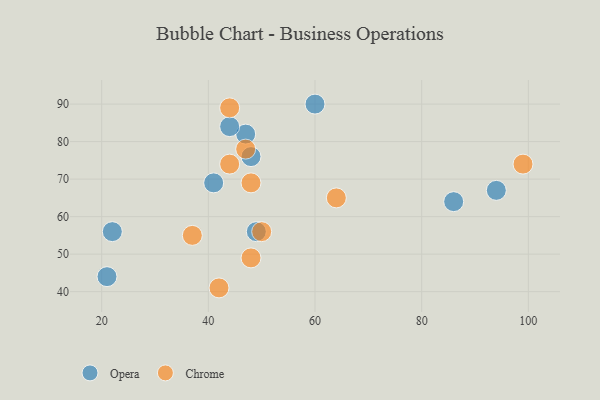
{"axis": {"x": "GDP", "y": "Life Expectancy"}, "legend": ["Chrome", "Opera"], "data": [{"x": "47", "y": 82, "type": "Opera"}, {"x": "41", "y": 69, "type": "Opera"}, {"x": "86", "y": 64, "type": "Opera"}, {"x": "22", "y": 56, "type": "Opera"}, {"x": "21", "y": 44, "type": "Opera"}, {"x": "48", "y": 76, "type": "Opera"}, {"x": "94", "y": 67, "type": "Opera"}, {"x": "44", "y": 84, "type": "Opera"}, {"x": "49", "y": 56, "type": "Opera"}, {"x": "60", "y": 90, "type": "Opera"}, {"x": "64", "y": 65, "type": "Chrome"}, {"x": "37", "y": 55, "type": "Chrome"}, {"x": "44", "y": 89, "type": "Chrome"}, {"x": "99", "y": 74, "type": "Chrome"}, {"x": "48", "y": 69, "type": "Chrome"}, {"x": "42", "y": 41, "type": "Chrome"}, {"x": "48", "y": 49, "type": "Chrome"}, {"x": "44", "y": 74, "type": "Chrome"}, {"x": "50", "y": 56, "type": "Chrome"}, {"x": "47", "y": 78, "type": "Chrome"}]}